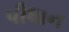
પીધાન